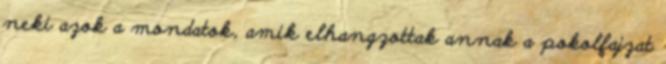
neki azok a mondatok, amik elhangzottak annak a pokolfajzat